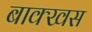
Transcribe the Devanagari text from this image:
बाक्खस